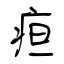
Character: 疸